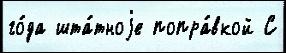
го́да шта́тноjе попра́вкой С